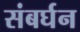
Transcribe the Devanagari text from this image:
संबर्घन